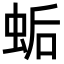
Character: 𧊛